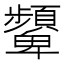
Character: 顰